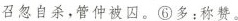
召忽自杀，管仲被囚。⑥多：称赞。